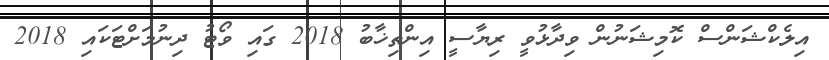
އިލެކްޝަންސް ކޮމިޝަނުން ވިދާޅުވީ ރިޔާސީ އިންތިޚާބު 2018 ގައި ވޯޓު ދިނުމަށްޓަކައި 2018